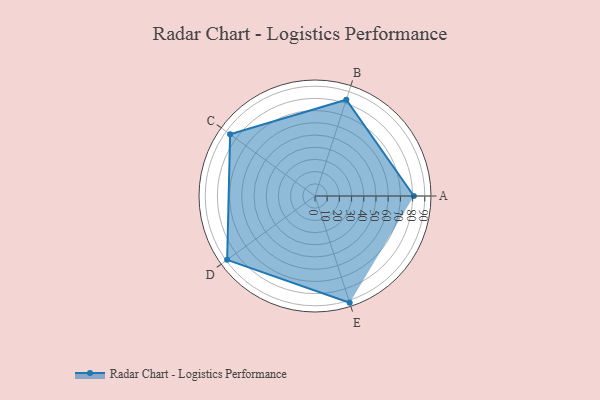
{"axis": {"x": "Skill", "y": "Score"}, "legend": ["Profile"], "data": [{"x": "A", "y": 81.0, "type": "Profile"}, {"x": "B", "y": 83.0, "type": "Profile"}, {"x": "C", "y": 86.0, "type": "Profile"}, {"x": "D", "y": 89.0, "type": "Profile"}, {"x": "E", "y": 92.0, "type": "Profile"}]}